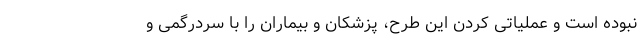
نبوده است و عملیاتی کردن این طرح، پزشکان و بیماران را با سردرگمی و